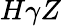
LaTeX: H\gamma Z